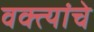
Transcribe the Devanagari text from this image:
वक्त्यांचे